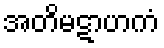
အတိမဋာဟကံ